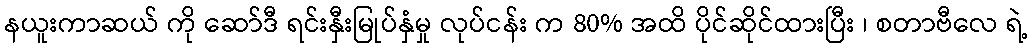
နယူးကာဆယ် ကို ဆော်ဒီ ရင်းနှီးမြုပ်နှံမှု လုပ်ငန်း က 80% အထိ ပိုင်ဆိုင်ထားပြီး ၊ စတာဗီလေ ရဲ့